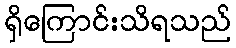
ရှိကြောင်းသိရသည်